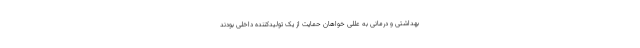
بهداشتی و درمانی به عللی خواهان حمایت از یک تولیدکننده داخلی بودند